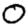
Digit: 0